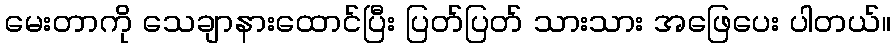
မေးတာကို သေချာနားထောင်ပြီး ပြတ်ပြတ် သားသား အဖြေပေး ပါတယ်။